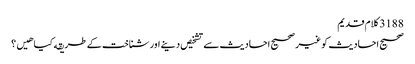
3188 کلام قدیم
صحیح احادیث کو غیر صحیح احادیث سے تشخیص دینے اور شناخت کے طریقه کیا هیں؟